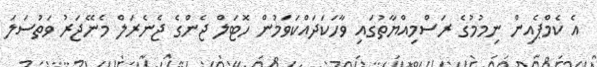
އެ ކެމްޕެއިން ނިމުމުގެ ރަސްމިއްޔާތުގައި ވާހަކަދައްކަވަމުން ހޮޓަލް ޖެންގެ ޖެނެރަލް މެނޭޖަރު ވަތުސަލަ